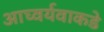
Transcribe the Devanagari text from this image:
आघ्वर्यवाकडे